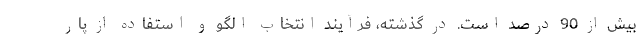
بیش از 90 درصد است. در گذشته، فرآیند انتخاب الگو و استفاده از پار